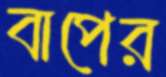
বাপের